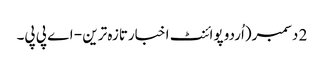
2 دسمبر(اُردو پوائنٹ اخبارتازہ ترین - اے پی پی۔